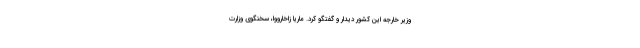
وزیر خارجه این کشور دیدار و گفتگو کرد. ماریا زاخارووا، سخنگوی وزارت